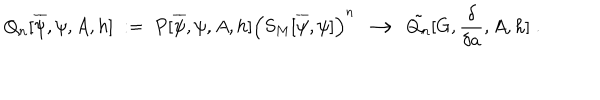
Q _ { n } [ \overline { { { \psi } } } , \psi , A , h ] \; : = \; P [ \overline { { { \psi } } } , \psi , A , h ] \Big ( S _ { M } [ \overline { { { \psi } } } , \psi ] \Big ) ^ { n } \; \longrightarrow \; \tilde { Q _ { n } } [ G , \frac { \delta } { \delta a } , A , h ] \; .